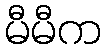
မီမီက